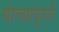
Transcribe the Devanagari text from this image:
यांच्यापुरते